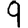
Digit: 9